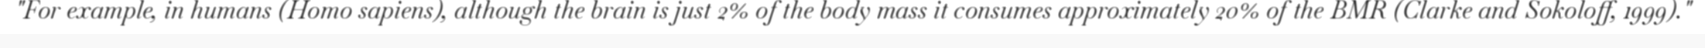
"For example, in humans (Homo sapiens), although the brain is just 2% of the body mass it consumes approximately 20% of the BMR (Clarke and Sokoloff, 1999)."